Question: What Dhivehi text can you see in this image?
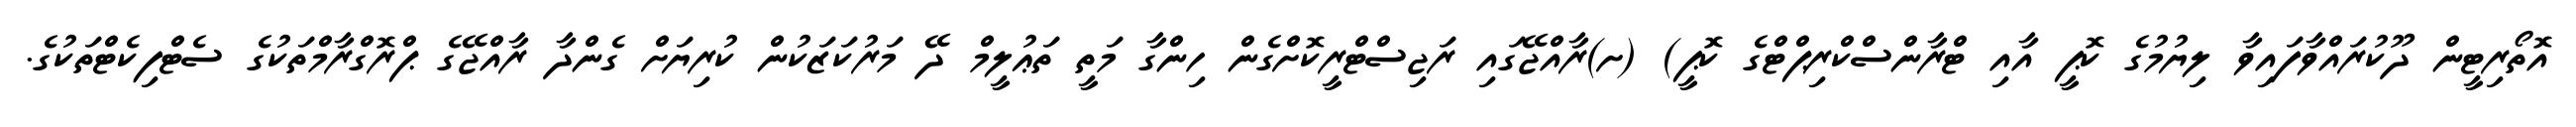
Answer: އޮތޯރިޓީން ދޫކުރައްވާފައިވާ ލިޔުމުގެ ކޮޕީ އާއި ޓްރާންސްކްރިޕްޓްގެ ކޮޕީ) (ށ)ރާއްޖޭގައި ރަޖިސްޓްރީކޮށްގެން ހިންގާ މަތީ ތަޢުލީމް ދޭ މަރުކަޒަކުން ކުރިޔަށް ގެންދާ ރާއްޖޭގެ ޕްރޮގްރާމްތަކުގެ ސެޓްފިކެޓްތަކުގެ.